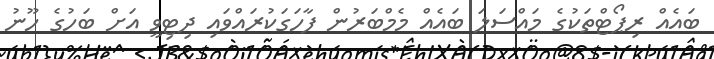
ބައެއް ރިޕޯޓްތަކުގެ މައްސަލަ ބައެއް މެމްބަރުން ފާހަގަކުރައްވައި ދިޓިވީ އަށް ބަހުގެ ހޫނު